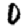
Digit: 0